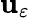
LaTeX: \mathbf{u}_{\varepsilon}